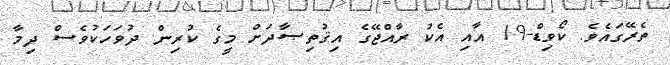
ތެރޭގައެވެ. ކޯވިޑް-19 އާއި އެކު ރާއްޖޭގެ އިޤުތިޞާދަށް މީގެ ކުރިން ދުވަހަކުވެސް ދިމާ